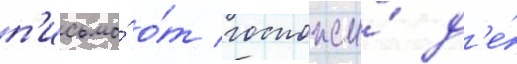
п'исьмо́ о́т госпожи́ д'е́